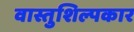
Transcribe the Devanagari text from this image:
वास्तुशिल्पकार